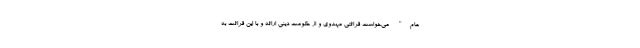
عام" می‌خواست قرائتی مهدوی و از حکومت دینی ارائه و با این قرائت به